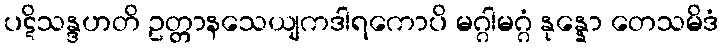
ပဋိသန္ဒဟတိ ဥတ္တာနသေယျကဒါရကောပိ မဂ္ဂါမဂ္ဂံ နုန္နော တေသမိဒံ